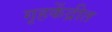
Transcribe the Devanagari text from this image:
गृहकेंद्रीत